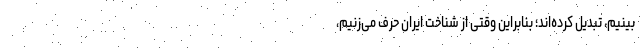
‌بینیم، تبدیل کرده‌اند؛ بنابراین وقتی از شناخت ایران حرف می‌زنیم،